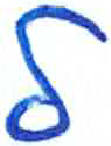
אות: ל